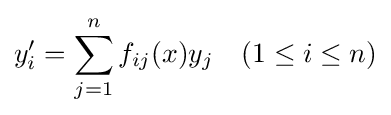
y_{i}^{\prime }=\sum _{j=1}^{n}f_{ij}(x)y_{j}\quad (1\leq i\leq n)